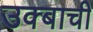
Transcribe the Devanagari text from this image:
उक्बाची